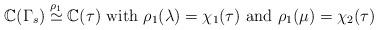
LaTeX: \begin{align*} \mathbb{C}(\Gamma_s ) \overset{\rho_1}{\simeq} \mathbb{C}(\tau ) \mbox{ with }\rho_1(\lambda)=\chi_1(\tau) \mbox{ and }\rho_1(\mu)=\chi_2(\tau)\end{align*}